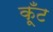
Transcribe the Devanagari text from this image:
कूँट